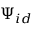
\Psi _ { i d }